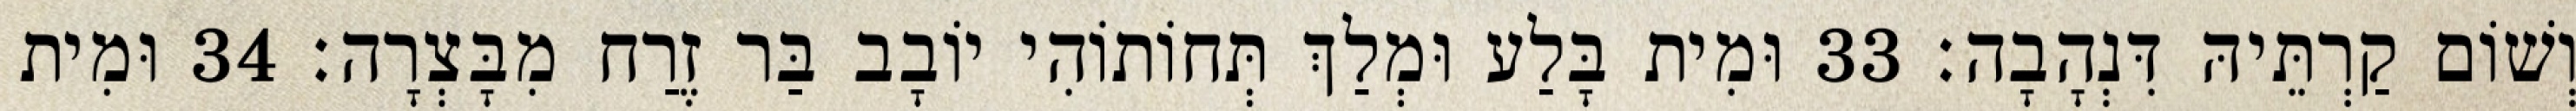
וְשׁוֹם קַרְתֵּיהּ דִּנְהָבָה׃ 33 וּמִית בָּלַע וּמְלַךְ תְּחוֹתוֹהִי יוֹבָב בַּר זֶרַח מִבָּצְרָה׃ 34 וּמִית